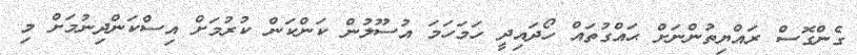
ގެންގޮސް ރައްޔިތުންނަށް ޙައްގުތައް ހޯދައިދީ ހަމަހަމަ އުސޫލުން ކަންކަން ކުރުމަށް އިސްކަންދިނުމަށް މި